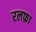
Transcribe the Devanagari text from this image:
रलफ़ा